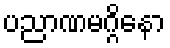
ပညာဏမဂ္ဂိနော